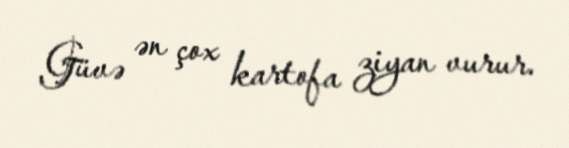
Güvə ən çox kartofa ziyan vurur.